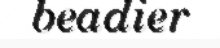
beadier